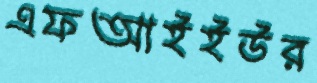
এফআইইউর